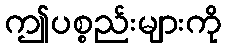
ဤပစ္စည်းများကို